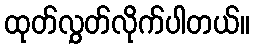
ထုတ်လွှတ်လိုက်ပါတယ်။